Vaccination in the Punjab 1867-1880 - 1867-1880
Year: 1867
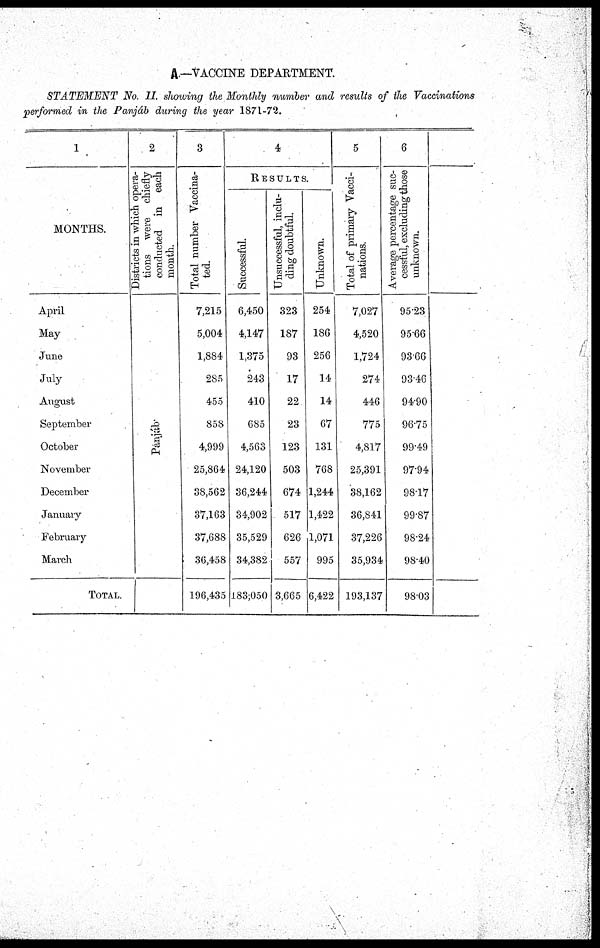
A.—VACCINE DEPARTMENT.
STATEMENT No. II. showing the Monthly number and results of the Vaccinations
performed in the Panjáb during the year 1871-72.
1
MONTHS.
April
May
June
July
August
September
October
November
December
January
February
March
Total.
2
Districts in which opera-
tions were chiefly
conducted in each
month.
Panjáb.
3
Total number Vaccina-
ted.
7,215
5,004
1,884
285
455
858
4,999
25,864
38,562
37,163
37,688
36,458
196,435
4
R E S U L T S.
Successful.
6,450
4,147
1,375
243
410
685
4,563
24,120
36,244
34,902
35,529
34,382
183,050
Unsuccessful, inclu-
ding doubtful.
323
187
93
17
22
23
123
503
674
517
626
557
3,665
Unknown.
254
186
256
14
14
67
131
768
1,244
1,422
1,071
995
6,422
5
Total of primary Vacci-
nations.
7,027
4,520
1,724
274
446
775
4,817
25,391
38,162
36,841
37,226
35,934
193,137
6
Average percentage suc-
cessful, excluding those
unknown.
95.23
9566
9366
93.46
94.90
96.75
99.49
97.94
98.17
99.87
98.24
98.40
9803